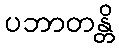
ပဘာတန္တိ